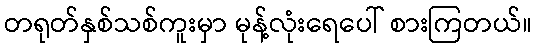
တရုတ်နှစ်သစ်ကူးမှာ မုန့်လုံးရေပေါ် စားကြတယ်။